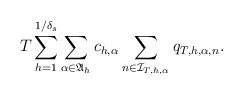
LaTeX: \begin{align*}T \sum_{h=1}^{1/\delta_s} \sum_{\alpha \in \mathfrak A_{h}} c_{h,\alpha} \sum_{n \in \mathcal I_{T, h, \alpha}} q_{T, h, \alpha, n}.\end{align*}